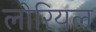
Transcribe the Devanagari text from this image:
लोरियल